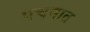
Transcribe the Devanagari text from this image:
पचनात